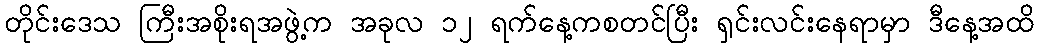
တိုင်းဒေသ ကြီးအစိုးရအဖွဲ့က အခုလ ၁၂ ရက်နေ့ကစတင်ပြီး ရှင်းလင်းနေရာမှာ ဒီနေ့အထိ